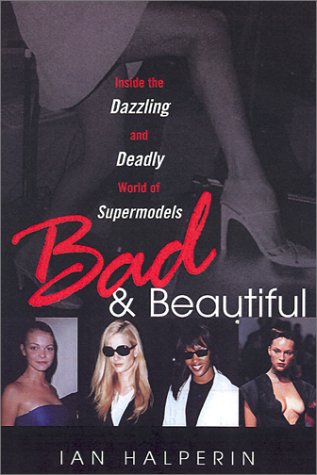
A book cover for Bad And Beautiful: Inside the Dazzling And Deadly World of Supermodels; Ian Halperin; Arts & Photography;